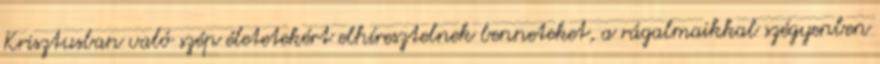
Krisztusban való szép életetekért elhíresztelnek benneteket, a rágalmaikkal szégyenben